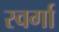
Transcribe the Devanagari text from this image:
स्वर्गा